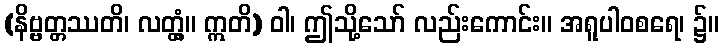
(နိဗ္ဗတ္တဿတိ၊ လတ္တံ့။ ဣတိ) ဝါ၊ ဤသို့သော် လည်းကောင်း။ အရူပါဝစရေ၊ ၌။